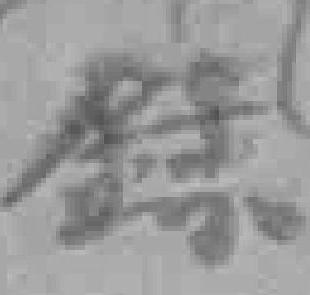
錄